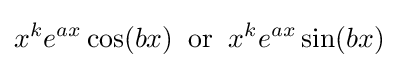
x^{k}e^{ax}\cos(bx)\;\;\mathrm {or} \;\;x^{k}e^{ax}\sin(bx)\!